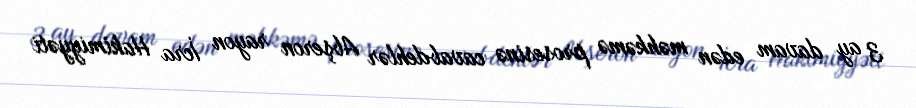
3 ay davam edən məhkəmə prosesinə cavabdehlər Abşeron rayon İcra Hakimiyyəti